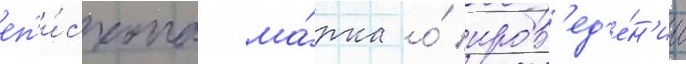
еп'и́скопа ма́рка о́ пров'ед'е́н'ии